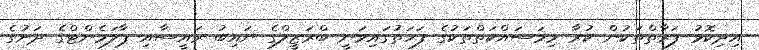
އިދިކޮޅު ފަރާތްތަކުން ކުރާ މިމަސައްކަތްތަކުގެ ފަހަތުގައިވަނީ ބްރަޒީލްގެ ނައިބު ރައީސާއި ޕާލަމެންޓްގެ ދަށުގެ